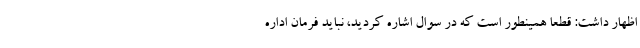
اظهار داشت: قطعا همینطور است که در سوال اشاره کردید، نباید فرمان اداره